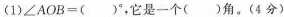
(1)$$∠ A O B =$$()°，它是一个()角。(4分)